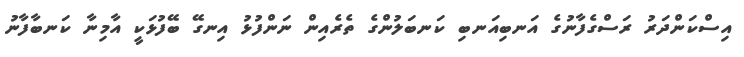
އިސްކަންދަރު ރަސްގެފާނުގެ އަނބިއަނބި ކަނބަލުންގެ ތެރެއިން ނަންފުޅު އިނގޭ ބޭފުޅަކީ އާމިނާ ކަނބާފާނު